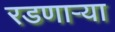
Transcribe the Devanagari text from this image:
रडणार्‍या